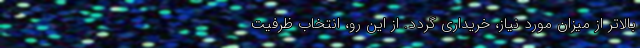
بالاتر از میزان مورد نیاز، خریداری گردد. از این رو، انتخاب ظرفیت